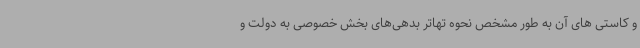
و کاستی های آن به طور مشخص نحوه تهاتر بدهی‌های بخش خصوصی به دولت و